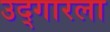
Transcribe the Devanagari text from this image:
उद्गारला